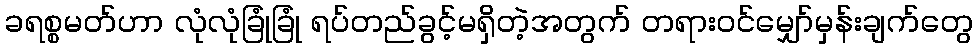
ခရစ္စမတ်ဟာ လုံလုံခြုံခြုံ ရပ်တည်ခွင့်မရှိတဲ့အတွက် တရားဝင်မျှော်မှန်းချက်တွေ